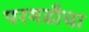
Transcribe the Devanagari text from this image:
परमढाँचा